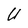
Character: U